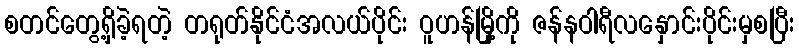
စတင်တွေ့ရှိခဲ့ရတဲ့ တရုတ်နိုင်ငံအလယ်ပိုင်း ဝူဟန်မြို့ကို ဇန်နဝါရီလနှောင်းပိုင်းမှစပြီး